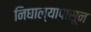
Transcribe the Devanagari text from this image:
निघाल्यापासून